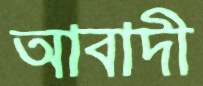
আবাদী